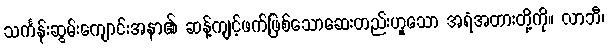
သင်္ကန်းဆွမ်းကျောင်းအနာ၏ ဆန့်ကျင့်ဖက်ဖြစ်သောဆေးတည်းဟူသော အရံအတားတို့ကို။ လာဘီ၊